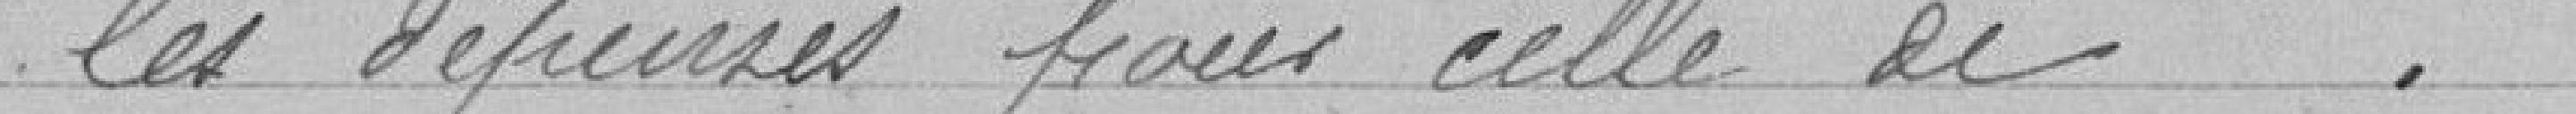
les dépenses pour celle de . . . . . 515.721.36